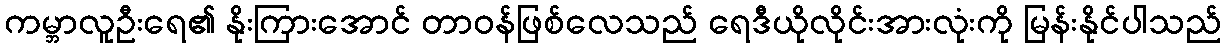
ကမ္ဘာလူဦးရေ၏ နိုးကြားအောင် တာဝန်ဖြစ်လေသည် ရေဒီယိုလိုင်းအားလုံးကို မြန်းနိုင်ပါသည်